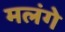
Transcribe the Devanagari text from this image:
मलंगे